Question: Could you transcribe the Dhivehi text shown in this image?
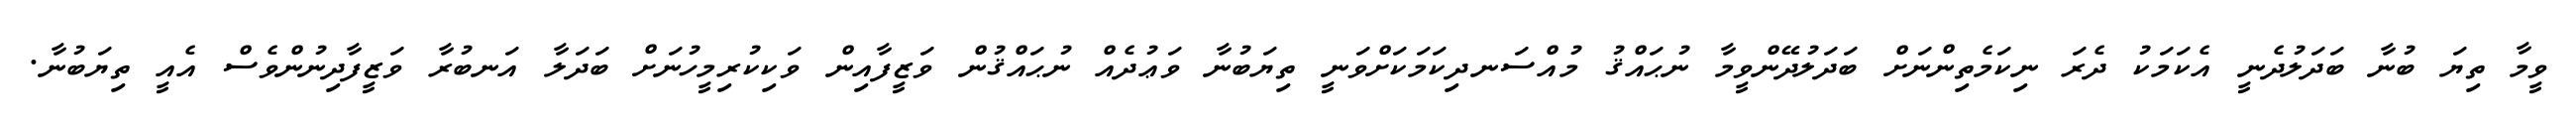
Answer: ވީމާ ތިޔަ ބުނާ ބަދަލުދެނީ އެކަމަކު ދެރަ ނިކަމެތިންނަށް ބަދަލުދޭންވީމާ ނުޙައްޤު މުއްސަނދިކަމަކަށްވަނީ ތިޔަބުނާ ވަޢުދެއް ނުޙައްޤުން ވަޒީފާއިން ވަކިކުރިމީހުނަށް ބަދަލާ އަނބުރާ ވަޒީފާދިނުންވެސް އެއީ ތިޔަބުނާ.